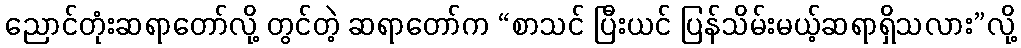
ညောင်တုံးဆရာတော်လို့ တွင်တဲ့ ဆရာတော်က “စာသင် ပြီးယင် ပြန်သိမ်းမယ့်ဆရာရှိသလား”လို့